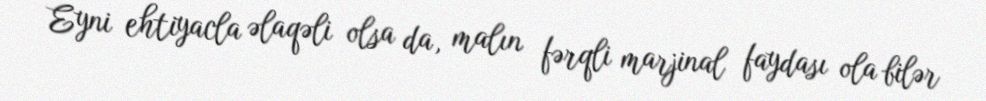
Eyni ehtiyacla əlaqəli olsa da, malın fərqli marjinal faydası ola bilər